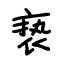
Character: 亵